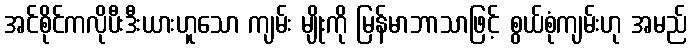
အင်စိုင်ကလိုပီးဒီးယားဟူသော ကျမ်း မျိုးကို မြန်မာဘာသာဖြင့် စွယ်စုံကျမ်းဟု အမည်